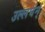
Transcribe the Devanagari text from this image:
उल्लघंन्